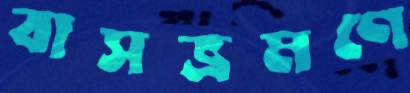
বাসভ্রমণে